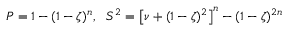
{ P } = 1 - ( 1 - \zeta ) ^ { n } , ~ ~ S ^ { 2 } = \left[ \nu + ( 1 - \zeta ) ^ { 2 } \right] ^ { n } - ( 1 - \zeta ) ^ { 2 n }